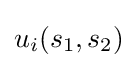
u_{i}(s_{1},s_{2})